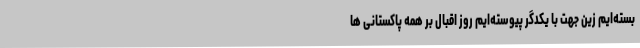
بسته‌ایم زین جهت با یکدگر پیوسته‌ایم روز اقبال بر همه پاکستانی ها